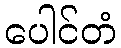
ပေါင်တံ